Annual report of the Imperial Bacteriological Laboratory, Muktesar
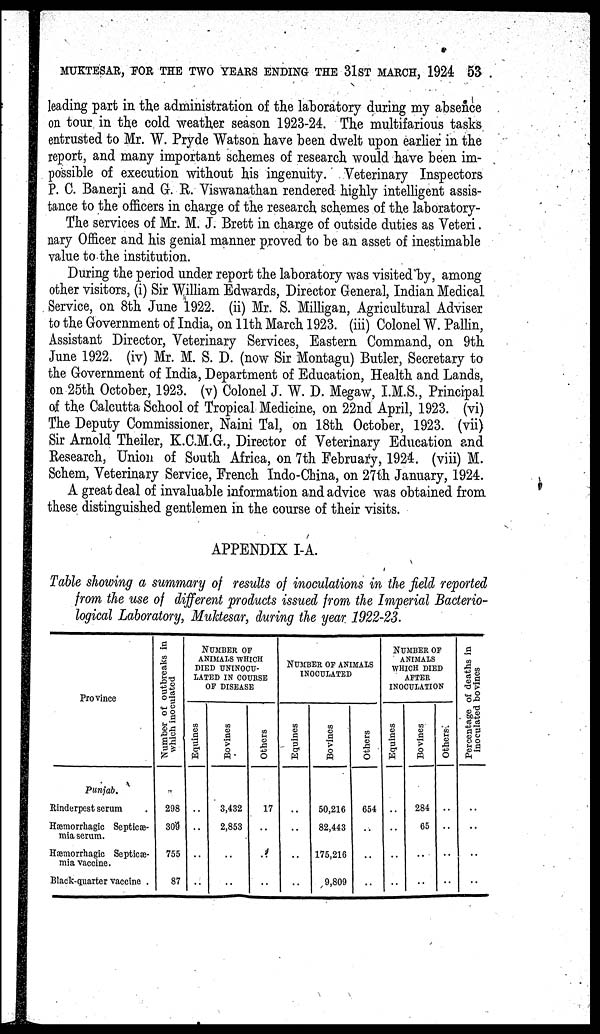
MUKTESAR, FOR THE TWO YEARS ENDING THE 31 ST MARCH, 1924 53
leading part in the administration of the laboratory during my absence
on tour in the cold weather season 1923-24. The multifarious tasks
entrusted to Mr. W. Pryde Watson have been dwelt upon earlier in the
report, and many important schemes of research would have been im-
possible of execution without his ingenuity. Veterinary Inspectors
P. C. Banerji and G. R. Viswanathan rendered highly intelligent assis-
tance to the officers in charge of the research schemes of the laboratory-
The services of Mr. M. J. Brett in charge of outside duties as Veteri.
nary Officer and his genial manner proved to be an asset of inestimable
value to the institution.
During the period under report the laboratory was visited by, among
other visitors, (i) Sir William Edwards, Director General, Indian Medical
Service, on 8th June 1922. (ii) Mr. S. Milligan, Agricultural Adviser
to the Government of India, on 11th March 1923. (iii) Colonel W. Pallin,
Assistant Director, Veterinary Services, Eastern Command, on 9th
June 1922. (iv) Mr. M. S. D. (now Sir Montagu) Butler, Secretary to
the Government of India, Department of Education, Health and Lands,
on 25th October, 1923. (v) Colonel J. W. D. Megaw, I.M.S., Principal
of the Calcutta School of Tropical Medicine, on 22nd April, 1923. (vi)
The Deputy Commissioner, Naini Tal, on 18th October, 1923. (vii)
Sir Arnold Theiler, K.C.M.G., Director of Veterinary Education and
Research, Union of South Africa, on 7th February, 1924. (viii) M.
Schem, Veterinary Service, French Indo-China, on 27th January, 1924.
A great deal of invaluable information and advice was obtained from
these distinguished gentlemen in the course of their visits.
APPENDIX I-A.
Table showing a summary of results of inoculations in the field reported
from the use of different products issued from the Imperial Bacterio-
logical Laboratory, Muktesar, during the year 1922-23.
Province
Punjab.
Rinderpest serum .
Hæmorrhagic Septicæ-
mia serum.
Hæmorrhagic Septicæ-
mia vaccine.
Black-quarter vaccine .
Number of outbreaks in
which inoculated
298
309
755
87
NUMBER OF
ANIMALS WHICH
DIED UNINOCU¬
LATED IN COURSE
OF DISEASE
Equines
..
..
..
..
Bovines
3,432
2,853
..
..
Others
17
..
..
..
NUMBER OF ANIMALS
INOCULATED
Equines
..
..
..
..
Bovines
50,216
82,443
175,216
9,809
Others
654
..
..
..
NUMBER OF
ANIMALS
WHICH DIED
AFTER
INOCULATION
Equines
..
..
..
..
Bovines
284
65
..
..
Others.
..
..
..
..
Percentage of deaths in
inoculated bovines
..
..
..
..